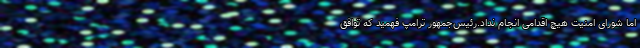
اما شورای امنیت هیچ اقدامی انجام نداد.رئیس‌جمهور ترامپ فهمید که توافق